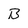
Character: B